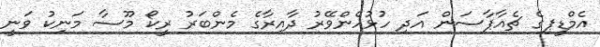
އެމްޑީޕިގެ ޗެއާޕާސަން އަދި ހުޅުހެންވޭރު ދާއިރާގެ މެންބަރު ރީކޯ މޫސާ މަނިކު ވަނީ